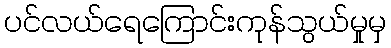
ပင်လယ်ရေကြောင်းကုန်သွယ်မှုမှ